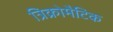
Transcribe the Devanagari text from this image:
त्रिक्रोमैटिक